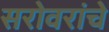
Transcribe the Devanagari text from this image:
सरोवरांचे